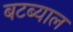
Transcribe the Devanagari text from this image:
बटब्याल